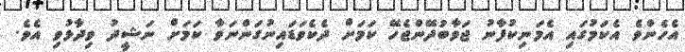
އެހެންވެ އެކަމުގައި އެމަނިކުފާނު ޖަވާބުދޭންޖެހޭ ކަމަށް ދެކެވަޑައިނުގަންނަވާ ކަމަށް ނަޝީދު ވިދާޅުވި އެވެ.